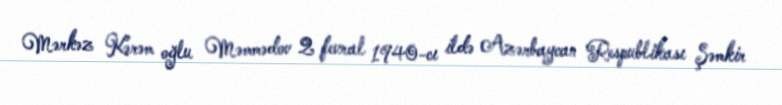
Mərkəz Kərəm oğlu Məmmədov 2 fevral 1940-cı ildə Azərbaycan Respublikası Şəmkir